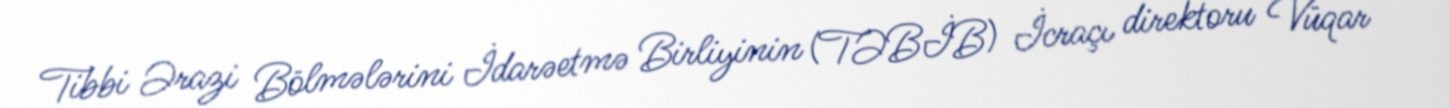
Tibbi Ərazi Bölmələrini İdarəetmə Birliyinin (TƏBİB) İcraçı direktoru Vüqar